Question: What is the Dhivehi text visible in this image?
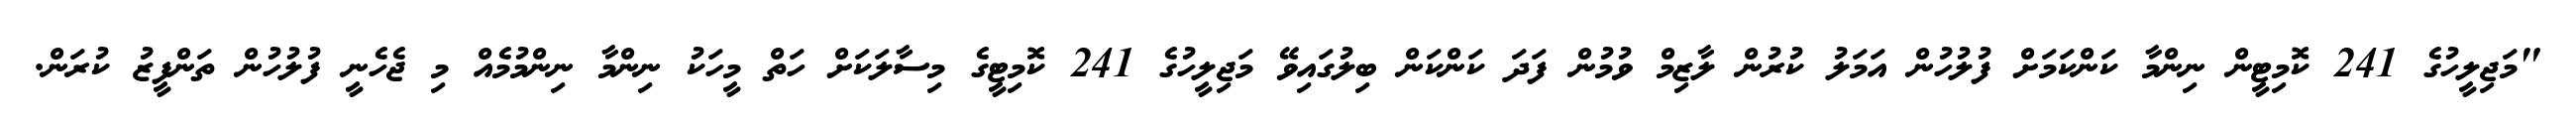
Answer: "މަޖިލީހުގެ 241 ކޮމިޓީން ނިންމާ ކަންކަމަށް ފުލުހުން އަމަލު ކުރުން ލާޒިމް ވުމުން ފަދަ ކަންކަން ބިލުގައިވޭ މަޖިލީހުގެ 241 ކޮމިޓީގެ މިސާލަކަށް ހަތް މީހަކު ނިންމާ ނިންމުމެއް މި ޖެހެނީ ފުލުހުން ތަންފީޒު ކުރަން.